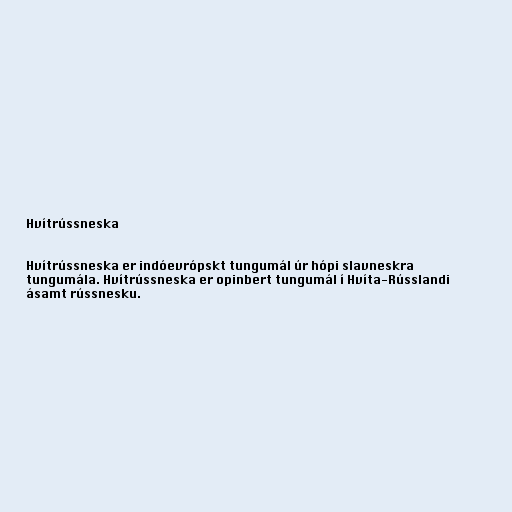
Hvítrússneska

Hvítrússneska er indóevrópskt tungumál úr hópi slavneskra
tungumála. Hvítrússneska er opinbert tungumál í Hvíta-Rússlandi
ásamt rússnesku.